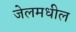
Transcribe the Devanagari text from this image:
जेलमधील